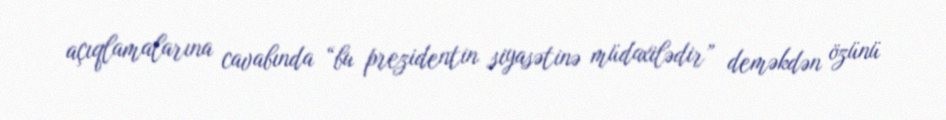
açıqlamalarına cavabında “bu prezidentin siyasətinə müdaxilədir” deməkdən özünü